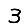
Digit: 3